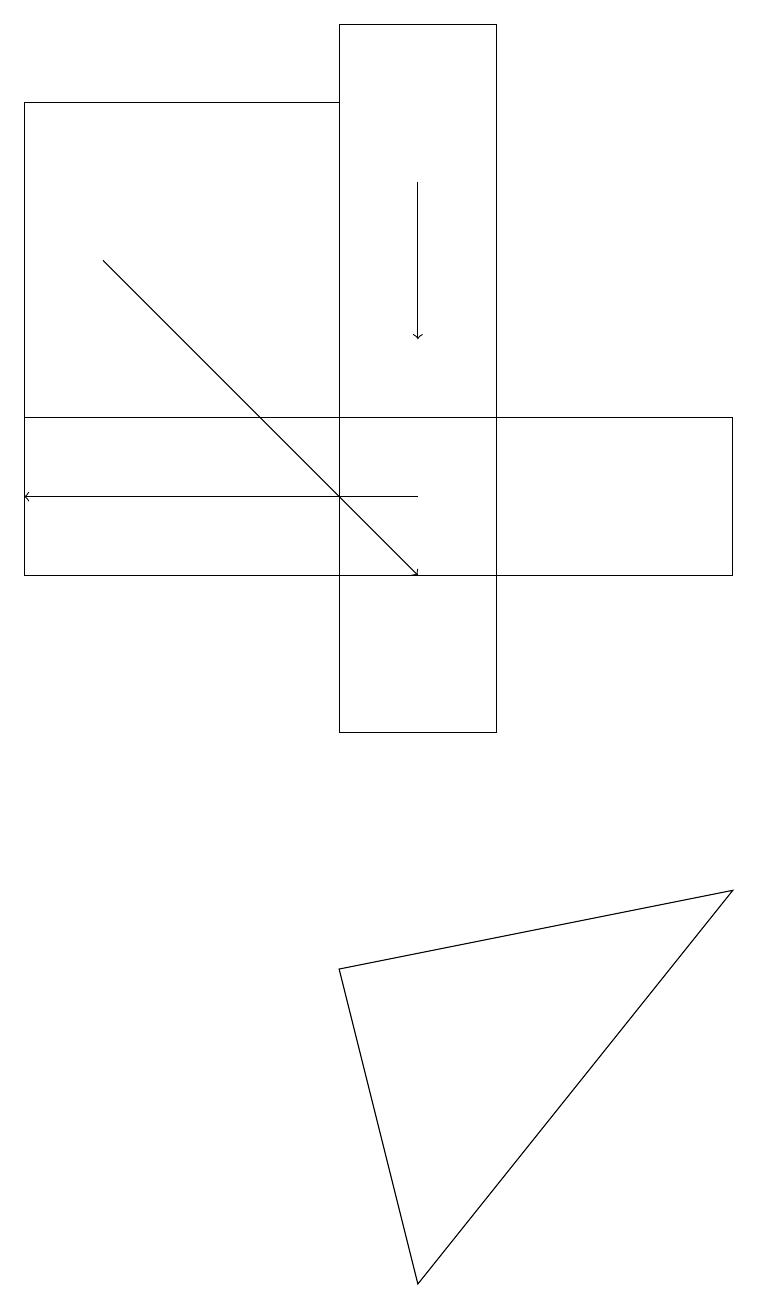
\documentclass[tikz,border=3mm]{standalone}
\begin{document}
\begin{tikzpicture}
\draw[->] (1,16) -- (5,12);
\draw (0,18) rectangle (4,14);
\draw[->] (5,17) -- (5,15);
\draw (4,7) -- (9,8) -- (5,3) -- cycle;
\draw[->] (5,13) -- (0,13);
\draw (6,19) rectangle (4,10);
\draw (9,14) rectangle (0,12);
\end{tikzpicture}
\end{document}